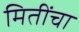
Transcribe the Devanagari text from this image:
मितींचा